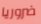
ضروريا